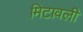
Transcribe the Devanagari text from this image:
मिटावली